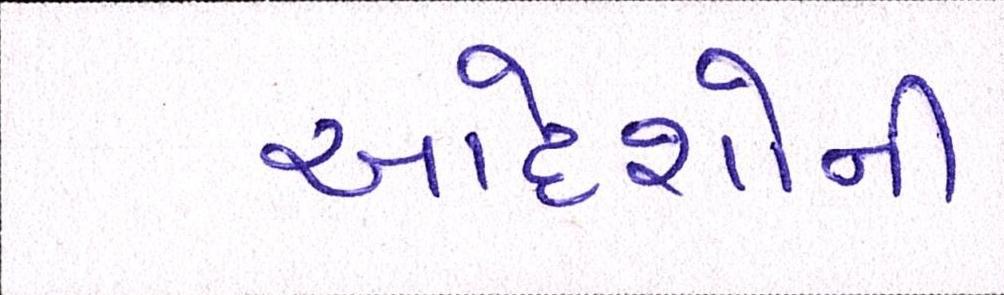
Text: આદેશોની